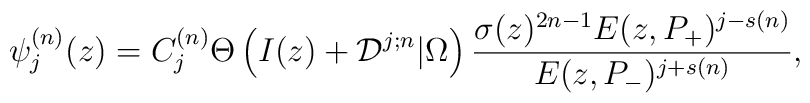
\psi_j^{(n)}(z)=C_j^{(n)}\Theta\left(I(z)+{\cal D}^{j;n}|\Omega\right) {\sigma(z)^{2n-1} E(z, P_+)^{j-s(n)}\over E(z,P_-)^{j+s(n)}},